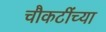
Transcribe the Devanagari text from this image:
चौकटींच्या